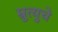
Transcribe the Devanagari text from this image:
म्रुत्युचे